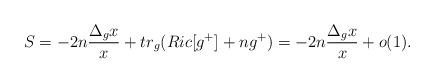
LaTeX: \begin{align*} S=-2n\frac{\Delta_gx}{x}+tr_g(Ric[g^+]+ng^+)=-2n\frac{\Delta_gx}{x}+o(1).\end{align*}